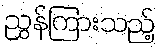
ညွှန်ကြားသည့်